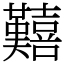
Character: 囏